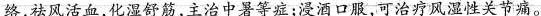
络，祛风活血，化湿舒筋，主治中暑等症；浸酒口服，可治疗风湿性关节痛。